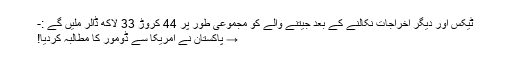
ٹیکس اور دیگر اخراجات نکالنے کے بعد جیتنے والے کو مجموعی طور پر 44 کروڑ 33 لاکھ ڈالر ملیں گے :-
→ پاکستان نے امریکا سے ڈومور کا مطالبہ کردیا!